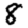
Digit: 8